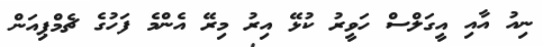
ނިއު އާއި އީގަލްސް ހަވީރު ކުޅޭ އިރު މިރޭ އެންމެ ފަހުގެ ޗެމްޕިއަން